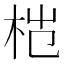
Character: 𬂦